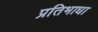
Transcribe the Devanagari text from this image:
प्रतिभाधा